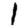
Digit: 1